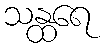
သန္ထရေ